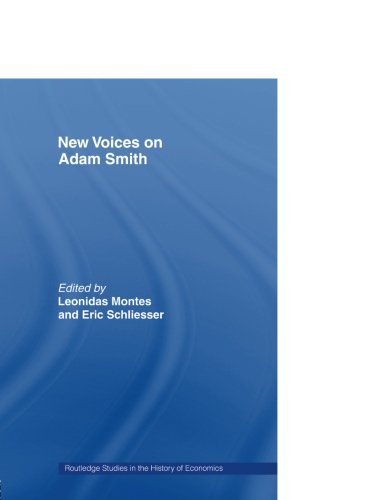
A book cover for New Voices on Adam Smith (Routledge Studies in the History of Economics); Business & Money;